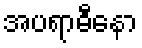
အပရာဓီနော